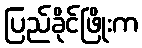
ပြည်ခိုင်ဖြိုးက